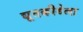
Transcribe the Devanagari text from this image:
द्यूतक्रीडेला